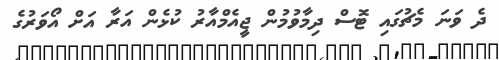
ދެ ވަނަ މެޗުގައި ޓޮސް ދިމާވުމުން ޖީއެމްއާރު ކުޅެން އަރާ އަށް އޯވަރުގެ